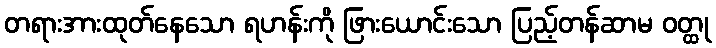
တရားအားထုတ်နေသော ရဟန်းကို ဖြားယောင်းသော ပြည့်တန်ဆာမ ဝတ္ထု